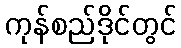
ကုန်စည်ဒိုင်တွင်